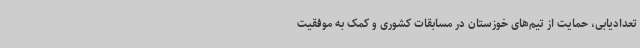
تعدادیابی، حمایت از تیم‌های خوزستان در مسابقات کشوری و کمک به موفقیت